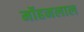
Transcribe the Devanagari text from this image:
र्मोहनलाल